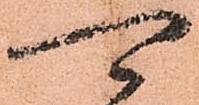
可